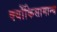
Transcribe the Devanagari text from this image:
क्योंकिसामान्य